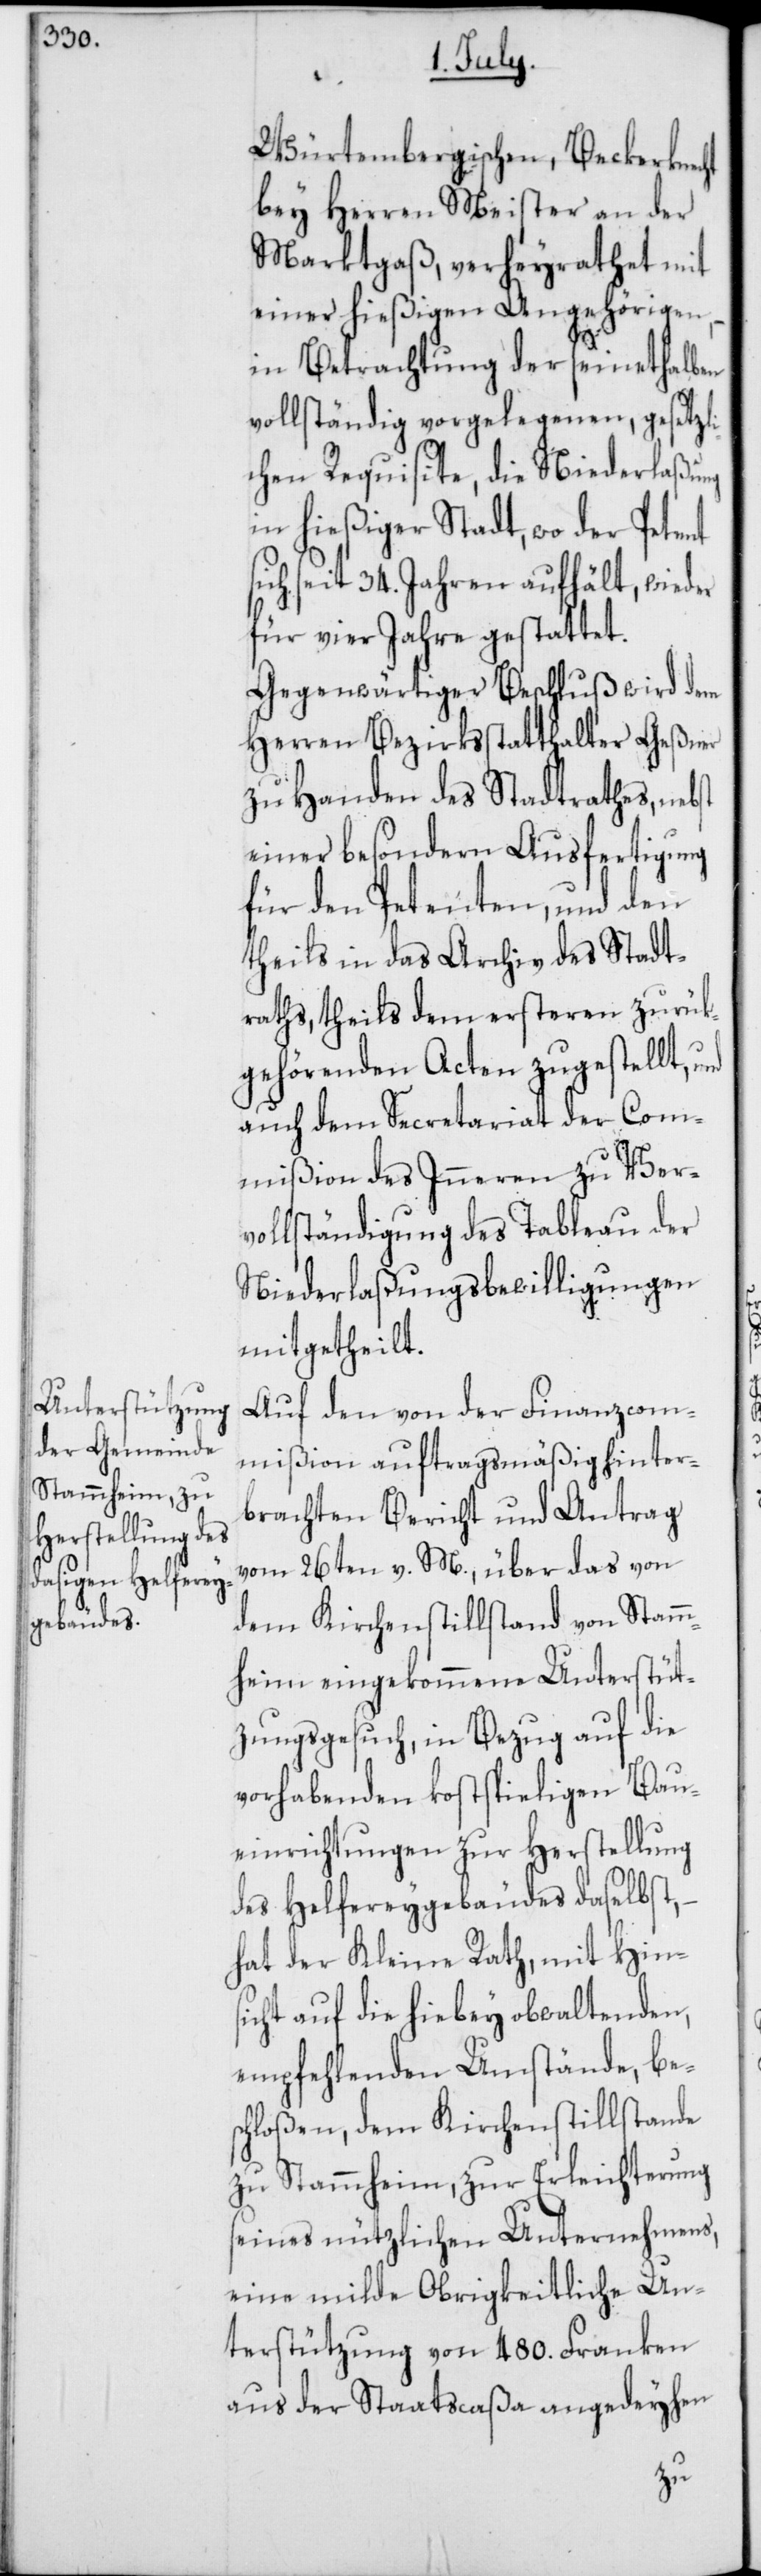
Würtembergischen, Beckerknecht
bey Herren Meister an der
Marktgaß, verheyrathet mit
einer hießigen Angehörigen,
in Betrachtung der seinethalben
vollständig vorgelegenen, gesetzl¬
ichen Requisite, die Niederlaßung
in hießiger Stadt, wo der Petent
sich seit 34. Jahren aufhält, wieder
für vier Jahre gestattet.
Gegenwärtiger Beschluß wird dem
Herren Bezirksstatthalter Geßner
zu Handen des Stadtrathes, nebst
einer besonderen Ausfertigung
für den Petenten, und den
theils in das Archiv des Stadt¬
raths, theils dem ersteren zurük¬
gehörenden Acten zugestellt,
auch dem Secretariat der Com¬
mißion des Inneren zu Ver¬
vollständigung des Tableau der
Niederlaßungsbewilligungen
mitgetheilt.
Auf den von der Finanzcom¬
mißion auftragsmäßig hinter¬
brachten Bericht und Antrag
vom 26sten v. M., über das von
dem Kirchenstillstand von Stamm¬
heim eingekommene Unterstüt¬
zungsgesuch, in Bezug auf die
vorhabenden kostspieligen Bau¬
einrichtungen zur Herstellung
des Helfereygebäudes daselbst,
hat der Kleine Rath, mit Hins¬
icht auf die hiebey obwaltenden,
empfehlenden Umstände, be¬
schloßen, dem Kirchenstillstande
zu Stammheim, zur Erleichterung
seines nützlichen Unternehmens,
eine milde Obrigkeitliche Un¬
terstützung von 480. Franken
aus der Staatscaßa angedeyhen